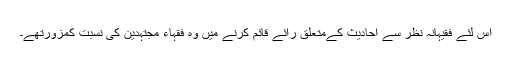
اس لئے فقیہانہ نظر سے احادیث کےمتعلق رائے قائم کرنے میں وہ فقہاء مجتہدین کی نسبت کمزورتھے۔